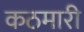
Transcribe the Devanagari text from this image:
कठमारी